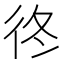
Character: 𢓘